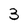
Character: 3